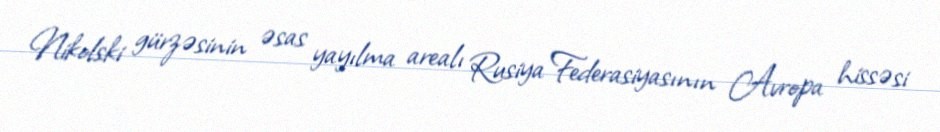
Nikolski gürzəsinin əsas yayılma arealı Rusiya Federasiyasının Avropa hissəsi